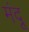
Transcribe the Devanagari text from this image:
मंदू